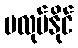
မလုပ်နိုင်